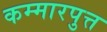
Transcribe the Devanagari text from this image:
कम्मारपुत्त